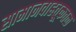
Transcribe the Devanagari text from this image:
सामानवाहतूकतळ